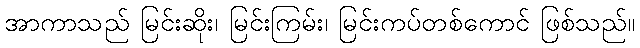
အာကာသည် မြင်းဆိုး၊ မြင်းကြမ်း၊ မြင်းကပ်တစ်ကောင် ဖြစ်သည်။